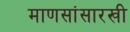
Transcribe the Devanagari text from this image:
माणसांसारखी